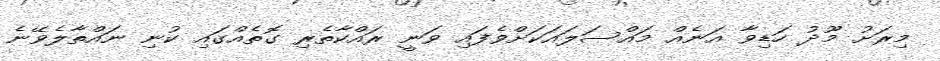
މިރަށު މޫދު ހަޑިވާ އަނެއް މައްސަލައަކަށްވެފައި ވަނީ ރައްކާތެރި ގޮތެއްގައި ކުނި ނައްތާލެވޭނެ